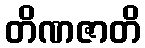
တိဏဇာတိ